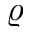
\varrho